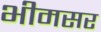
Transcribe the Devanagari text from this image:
भीमसर